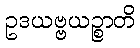
ဥဒယဗ္ဗယဉ္စာတိ